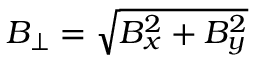
B _ { \perp } = \sqrt { B _ { x } ^ { 2 } + B _ { y } ^ { 2 } }